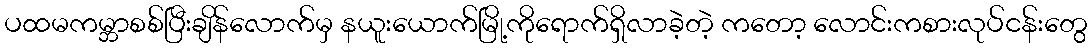
ပထမကမ္ဘာစစ်ပြီးချိန်လောက်မှ နယူးယောက်မြို့ကိုရောက်ရှိလာခဲ့တဲ့ ကတော့ လောင်းကစားလုပ်ငန်းတွေ